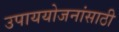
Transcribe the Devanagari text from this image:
उपाययोजनांसाठी